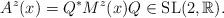
LaTeX: \begin{align*}{} A^{z}(x) = Q^{*}M^{z}(x)Q \in {\rm SL(2, \mathbb{R})}.\end{align*}